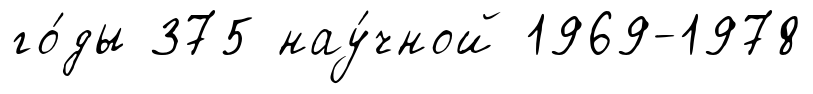
го́ды 375 нау́чной 1969-1978